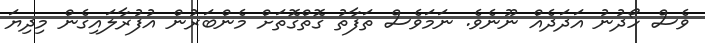
ވެސް ހޯދުނު އަދަދެއް ނޫނެވެ. ނަމަވެސް ތަފާތު ގޮތްގޮތަށް މެންބަރުން އުފުރާލައިގެން މިދިޔަ